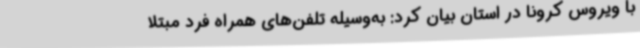
با ویروس کرونا در استان بیان کرد: به‌وسیله تلفن‌های همراه فرد مبتلا